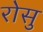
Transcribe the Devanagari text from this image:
रोसु